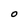
Character: O